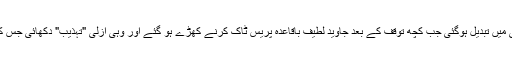
لیکن خوش فہمی اس وقت غلط فہمی میں تبدیل ہوگئی جب کچھ توقف کے بعد جاوید لطیف باقاعدہ پریس ٹاک کرنے کھڑے ہو گئے اور وہی ازلی "تہذیب" دکھائی جس کے تحت لوگ "میں کہنا نہیں چاہتا ۔